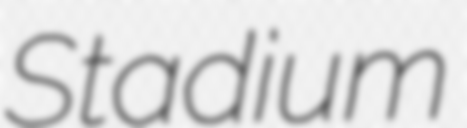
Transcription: Stadium